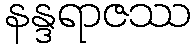
နန္ဒရာဇဿ